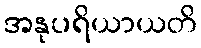
အနုပရိယာယတိ